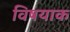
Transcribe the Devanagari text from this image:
विषयाक